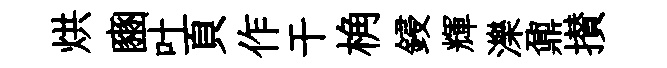
烘豳叶頁作干桷鋟輝濼鼐攅